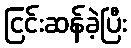
ငြင်းဆန်ခဲ့ပြီး